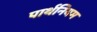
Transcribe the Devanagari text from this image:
पार्थनियम